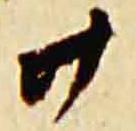
廿